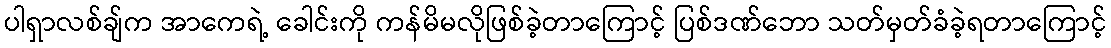
ပါရှာလစ်ချ်က အာကေရဲ့ ခေါင်းကို ကန်မိမလိုဖြစ်ခဲ့တာကြောင့် ပြစ်ဒဏ်ဘော သတ်မှတ်ခံခဲ့ရတာကြောင့်